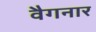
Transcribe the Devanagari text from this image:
वैगनार